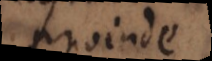
proinde